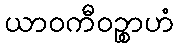
ယာဝကီဝဉ္စာဟံ